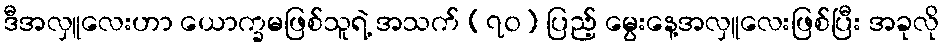
ဒီအလှူလေးဟာ ယောက္ခမဖြစ်သူရဲ့ အသက် (၇၀) ပြည့် မွေးနေ့အလှူလေးဖြစ်ပြီး အခုလို